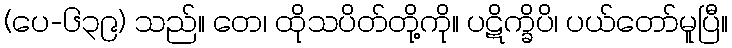
(ပေ-၆၃၉) သည်။ တေ၊ ထိုသပိတ်တို့ကို။ ပဋိက္ခိပိ၊ ပယ်တော်မူပြီ။